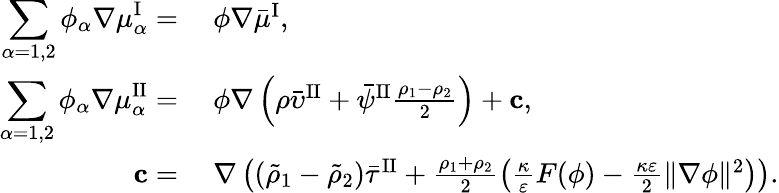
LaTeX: \begin{array}{rl}{\displaystyle\sum_{\alpha=1,2}\phi_{\alpha}\nabla\mu_{\alpha}^{\mathrm{I}}=}&{~\phi\nabla\bar{\mu}^{\mathrm{I}},}\\ {\displaystyle\sum_{\alpha=1,2}\phi_{\alpha}\nabla\mu_{\alpha}^{\mathrm{II}}=}&{~\phi\nabla\left(\rho\bar{\upsilon}^{\mathrm{II}}+\bar{\psi}^{\mathrm{II}}\frac{\rho_{1}-\rho_{2}}{2}\right)+\mathbf{c},}\\ {\mathbf{c}=}&{~\nabla\left((\tilde{\rho}_{1}-\tilde{\rho}_{2})\bar{\tau}^{\mathrm{II}}+\frac{\rho_{1}+\rho_{2}}{2}\left(\frac{\kappa}{\varepsilon}F(\phi)-\frac{\kappa\varepsilon}{2}\| \nabla\phi\| ^{2}\right)\right).}\end{array}